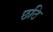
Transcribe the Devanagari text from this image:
छठि